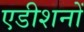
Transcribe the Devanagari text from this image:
एडीशनों